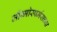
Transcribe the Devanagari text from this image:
जीन्मोस्पर्मसच्या